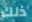
ذلك